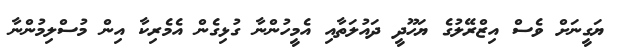
ޔަގީނަށް ވެސް އިޒްރޭލުގެ ޔަހޫދީ ދައުލަތާއި އެމީހުންނާ ގުޅިގެން އެމެރިކާ އިން މުސްލިމުންނާ